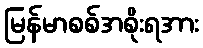
မြန်မာစစ်အစိုးရအား